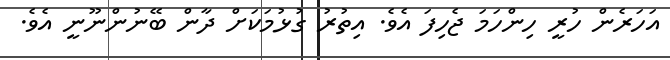
އަހަރެން ހުރީ ހިންހަމަ ޖެހިފަ އެވެ. އިތުރު ގުޅުމަކަށް ދާން ބޭނުންނޫނީ އެވެ.